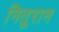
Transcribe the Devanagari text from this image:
नितुरान